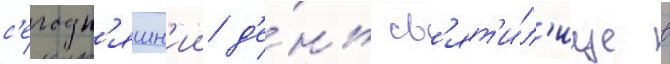
с'егодн'яшн'ии д'е́нь св'ят'и́л'ище в